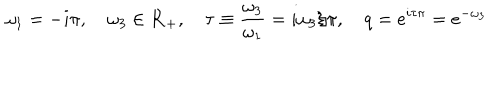
LaTeX: \omega _ { 1 } = - i \pi , \quad \omega _ { 3 } \in { \bf R } _ { + } , \quad \tau \equiv { \frac { \omega _ { 3 } } { \omega _ { 1 } } } = i \omega _ { 3 } / \pi , \quad q = e ^ { i \tau \pi } = e ^ { - \omega _ { 3 } }